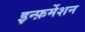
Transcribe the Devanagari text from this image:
इन्फ़र्मेशन